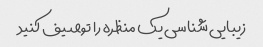
زیبایی شناسی یک منظره را توصیف کنید